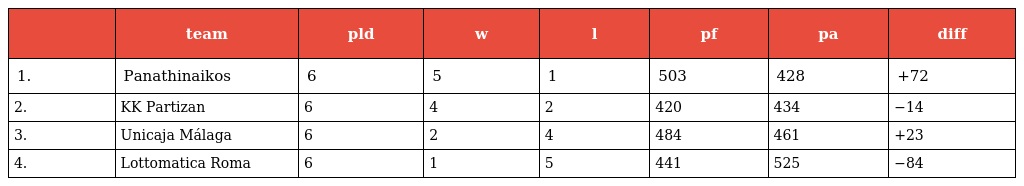
|  | team | pld | w | l | pf | pa | diff |
 | --- | --- | --- | --- | --- | --- | --- | --- |
 | 1. | Panathinaikos | 6 | 5 | 1 | 503 | 428 | +72 |
 | 2. | KK Partizan | 6 | 4 | 2 | 420 | 434 | −14 |
 | 3. | Unicaja Málaga | 6 | 2 | 4 | 484 | 461 | +23 |
 | 4. | Lottomatica Roma | 6 | 1 | 5 | 441 | 525 | −84 |